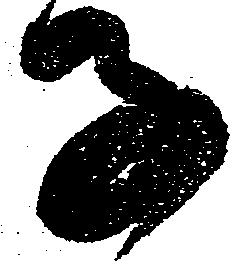
子